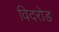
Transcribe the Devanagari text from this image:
विदरोड